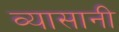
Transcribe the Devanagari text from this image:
व्यासानी